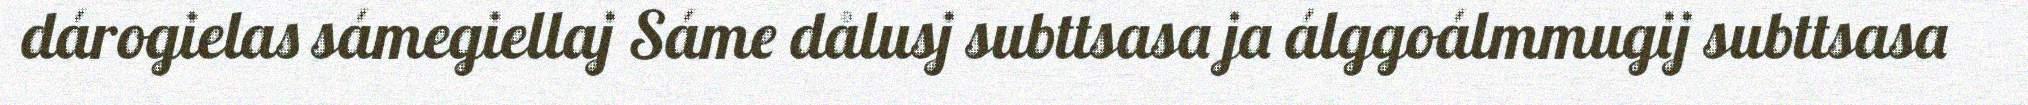
dárogielas sámegiellaj Sáme dålusj subttsasa ja álggoálmmugij subttsasa